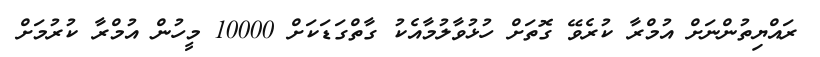
ރައްޔިތުންނަށް އުމްރާ ކުރެވޭ ގޮތަށް ހުޅުވާލުމާއެކު ގާތްގަޑަކަށް 10000 މީހުން އުމްރާ ކުރުމަށް